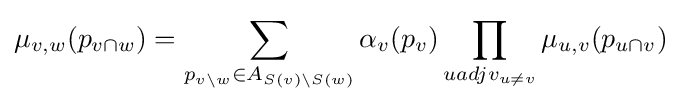
\mu _{v,w}(p_{v\cap w})=\sum _{p_{v\setminus w}\in A_{S(v)\setminus S(w)}}\alpha _{v}(p_{v})\prod _{uadjv_{u\neq v}}\mu _{u,v}(p_{u\cap v})